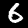
Digit: 6